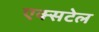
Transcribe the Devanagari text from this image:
एक्सटेल